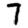
Digit: 7